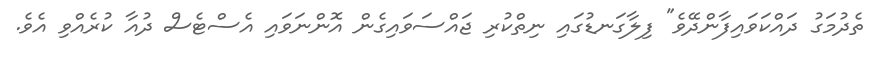
ތެދުމަގު ދައްކަވައިފާންދޭވެ" ފިލާގަނޑުގައި ނިތްކުރި ޖައްސަވައިގެން އޮންނަވައި އެސްޓެސް ދުއާ ކުރެއްވި އެވެ.